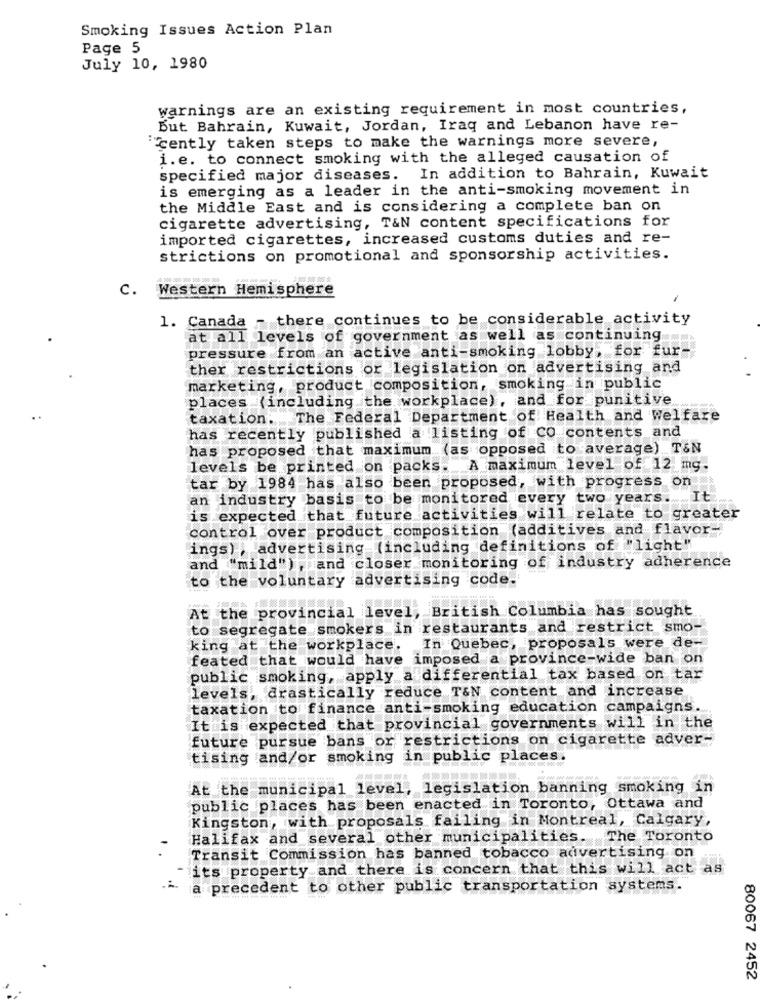
Smoking Issues Action Plan
Page 5
July 10, 1980
warnings are an existing requirement in most countries,
But Bahrain, Kuwait, Jordan, Iraq and Lebanon have re-
"cently taken steps to make the warnings more severe,
i.e. to connect smoking with the alleged causation of
specified major diseases. In addition to Bahrain, Kuwait
is emerging as a leader in the anti-smoking movement in
the Middle East and is considering a complete ban on
cigarette advertising, T&N content specifications for
imported cigarettes, increased customs duties and re-
strictions on promotional and sponsorship activities.
po, 200- 300 100 200 300
106 986 905 9:
c.
Western Hemisphere
1. Canada - there continues to be considerable activity
at all levels of government as well as continuing ...
pressure from an active anti-smoking lobby, for fur-
ther restrictions or legislation on advertising and
marketing, product composition, smoking in public
places (including the workplace), and for punitive
taxation. The Federal Department of Health and Welfare
has recently published a listing of CO contents and
has proposed that maximum (as opposed to average) T&N
levels be printed on packs. A maximum level of 12 mg.
tar by 1984 has also been proposed, with progress on
an industry basis to be monitored every two years. It
is expected that future activities will relate to greater
control over product composition (additives and flavor-"
ings) , advertising (including definitions of "light"
and "mild") , and closer monitoring of industry adherence
to the voluntary advertising code-
At the provincial level, British Columbia has sought
to segregate smokers in restaurants and restrict smo-
king at the workplace.
In Quebec, proposals were de-
feated that would have imposed a province-wide ban on
public smoking, apply a differential tax based on tar
levels, drastically reduce T&N content and increase
taxation to finance anti-smoking education campaigns.
It is expected that provincial governments will in the
future pursue bans or restrictions on cigarette adver-
tising and/or smoking in public places.
At the municipal level, legislation banning smoking in
public places has been enacted in Toronto, Ottawa and
Kingston, with proposals failing in Montreal, Calgary,
Halifax and several other municipalities. The Toronto
Transit Commission has banned tobacco advertising on
its property and there is concern that this will act as
a precedent to other public transportation systems.
80067 2452